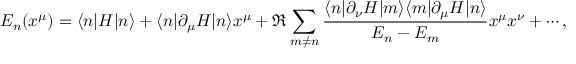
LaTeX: E _ { n } ( x ^ { \mu } ) = \langle n | H | n \rangle + \langle n | \partial _ { \mu } H | n \rangle x ^ { \mu } + \Re \sum _ { m \neq n } { \frac { \langle n | \partial _ { \nu } H | m \rangle \langle m | \partial _ { \mu } H | n \rangle } { E _ { n } - E _ { m } } } x ^ { \mu } x ^ { \nu } + \cdots ,